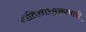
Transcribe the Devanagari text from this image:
नीतिसारमुक्तावली